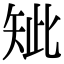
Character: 䂑